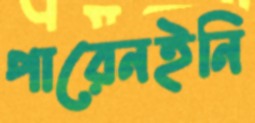
পারেনইনি